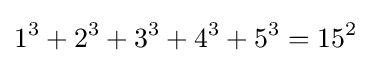
1^{3}+2^{3}+3^{3}+4^{3}+5^{3}=15^{2}